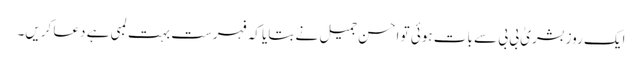
ایک روز بشریٰ بی بی سے بات ہوئی تو احسن جمیل نے بتایا کہ فہرست بہت لمبی ہے دعا کریں۔